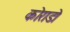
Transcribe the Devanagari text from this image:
कोराडो